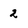
Character: 2